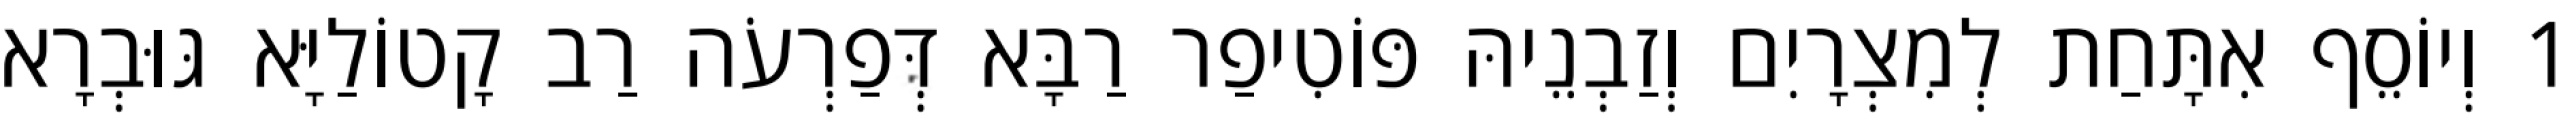
1 וְיוֹסֵף אִתָּחַת לְמִצְרָיִם וְזַבְנֵיהּ פּוֹטִיפַר רַבָּא דְּפַרְעֹה רַב קָטוֹלַיָּא גּוּבְרָא